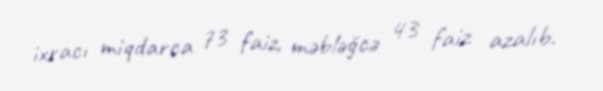
ixracı miqdarca 73 faiz, məbləğcə 43 faiz azalıb.